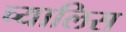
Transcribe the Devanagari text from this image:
च्यालिस